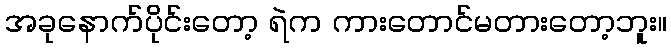
အခုနောက်ပိုင်းတော့ ရဲက ကားတောင်မတားတော့ဘူး။